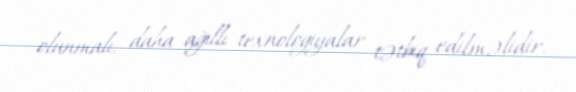
olunmalı, daha ağıllı texnologiyalar tətbiq edilməlidir.